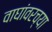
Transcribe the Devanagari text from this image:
वाघांवरच्या